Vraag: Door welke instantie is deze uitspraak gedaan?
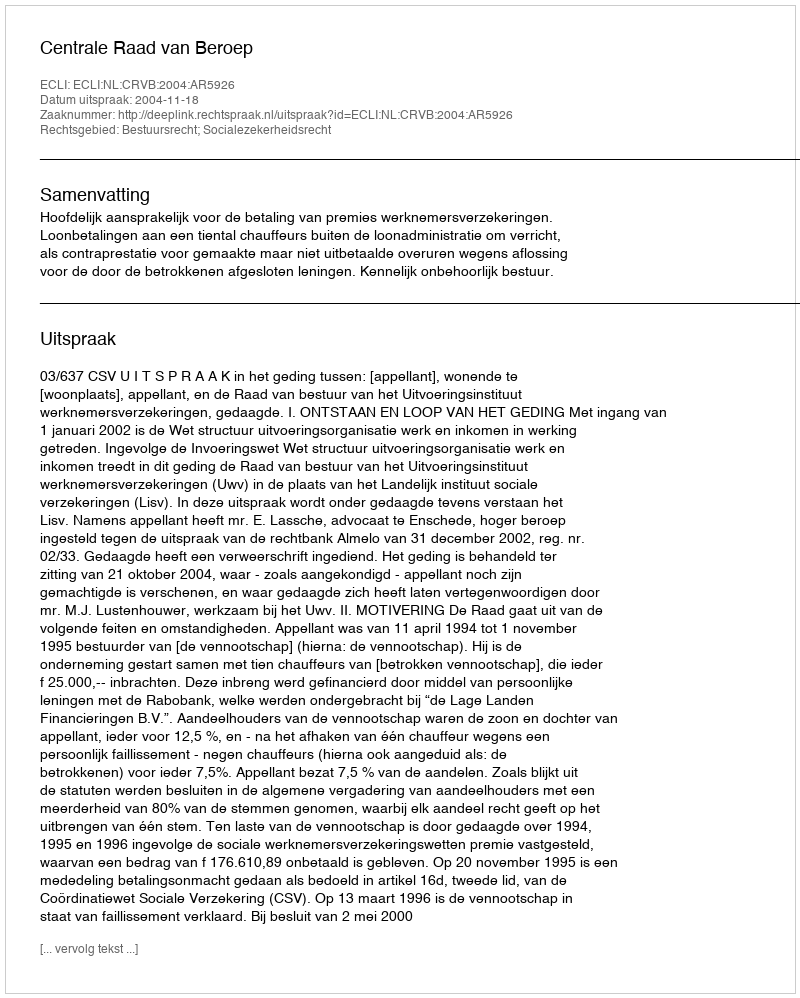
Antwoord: Centrale Raad van Beroep